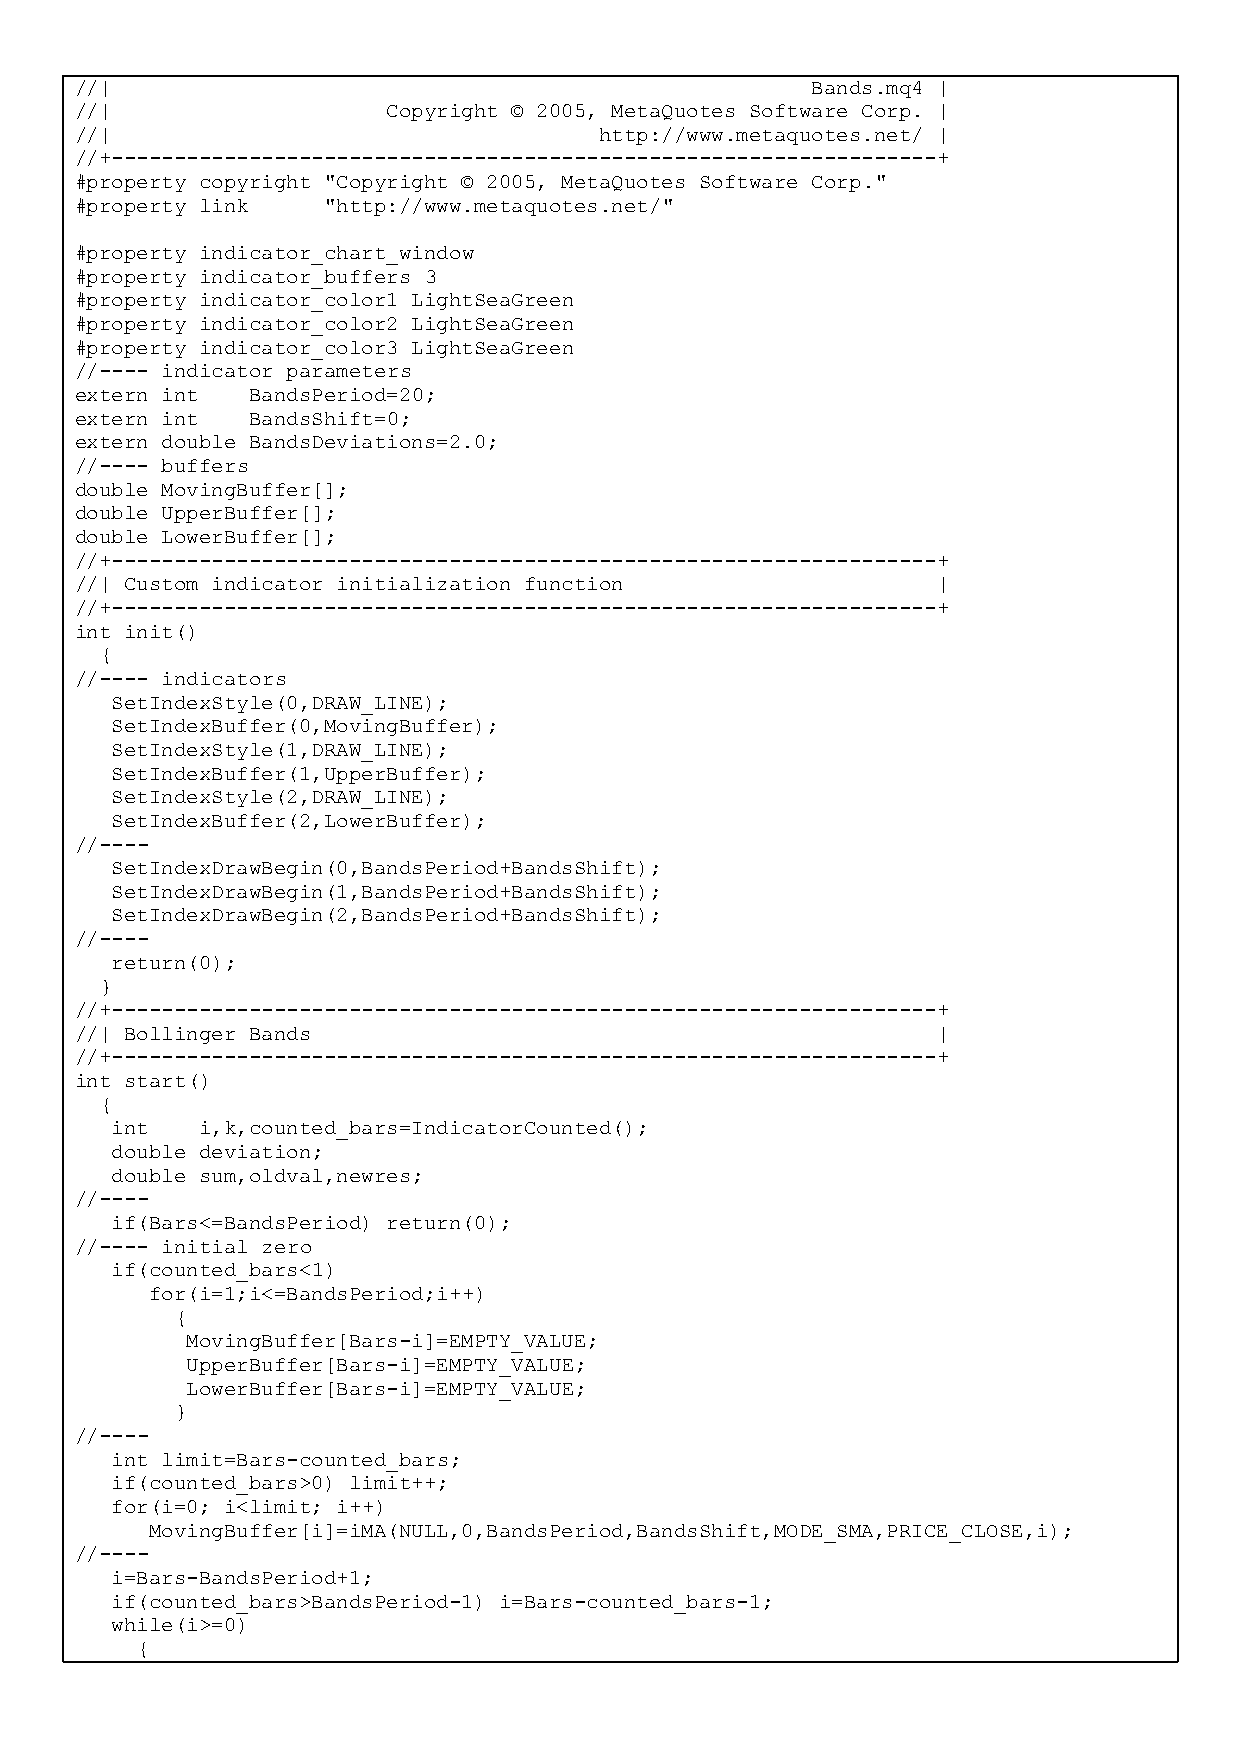
//|                                              Bands.mq4 |
 //|                  Copyright © 2005, MetaQuotes Software Corp. |
 //|                                http://www.metaquotes.net/ |
 //+------------------------------------------------------------------+
 #property copyright "Copyright © 2005, MetaQuotes Software Corp."
 #property link  "http://www.metaquotes.net/"
 #property indicator_chart_window
 #property indicator_buffers 3
 #property indicator_color1 LightSeaGreen
 #property indicator_color2 LightSeaGreen
 #property indicator_color3 LightSeaGreen
 //---- indicator parameters
 extern int  BandsPeriod=20;
 extern int  BandsShift=0;
 extern double BandsDeviations=2.0;
 //---- buffers
 double MovingBuffer[];
 double UpperBuffer[];
 double LowerBuffer[];
 //+------------------------------------------------------------------+
 //| Custom indicator initialization function             |
 //+------------------------------------------------------------------+
 int init()
 {
 //---- indicators
 SetIndexStyle(0,DRAW_LINE);
 SetIndexBuffer(0,MovingBuffer);
 SetIndexStyle(1,DRAW_LINE);
 SetIndexBuffer(1,UpperBuffer);
 SetIndexStyle(2,DRAW_LINE);
 SetIndexBuffer(2,LowerBuffer);
 //----
 SetIndexDrawBegin(0,BandsPeriod+BandsShift);
 SetIndexDrawBegin(1,BandsPeriod+BandsShift);
 SetIndexDrawBegin(2,BandsPeriod+BandsShift);
 //----
 return(0);
 }
 //+------------------------------------------------------------------+
 //| Bollinger Bands                                      |
 //+------------------------------------------------------------------+
 int start()
 {
 int   i,k,counted_bars=IndicatorCounted();
 double deviation;
 double sum,oldval,newres;
 //----
 if(Bars<=BandsPeriod) return(0);
 //---- initial zero
 if(counted_bars<1)
 for(i=1;i<=BandsPeriod;i++)
 {
 MovingBuffer[Bars-i]=EMPTY_VALUE;
 UpperBuffer[Bars-i]=EMPTY_VALUE;
 LowerBuffer[Bars-i]=EMPTY_VALUE;
 }
 //----
 int limit=Bars-counted_bars;
 if(counted_bars>0) limit++;
 for(i=0; i<limit; i++)
 MovingBuffer[i]=iMA(NULL,0,BandsPeriod,BandsShift,MODE_SMA,PRICE_CLOSE,i);
 //----
 i=Bars-BandsPeriod+1;
 if(counted_bars>BandsPeriod-1) i=Bars-counted_bars-1;
 while(i>=0)
 {